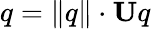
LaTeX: q=\lVert q\rVert\cdot\mathbf{U}q